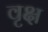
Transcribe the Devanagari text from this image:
वृक्ष